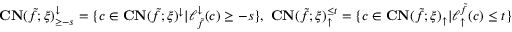
\mathbf { C N } ( \tilde { f } ; \xi ) _ { \geq - s } ^ { \downarrow } = \{ c \in \mathbf { C N } ( \tilde { f } ; \xi ) ^ { \downarrow } | \ell _ { \tilde { f } } ^ { \downarrow } ( c ) \geq - s \} , \, \, \mathbf { C N } ( \tilde { f } ; \xi ) _ { \uparrow } ^ { \leq t } = \{ c \in \mathbf { C N } ( \tilde { f } ; \xi ) _ { \uparrow } | \ell _ { \uparrow } ^ { \tilde { f } } ( c ) \leq t \}